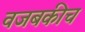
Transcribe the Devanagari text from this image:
वजबकीच